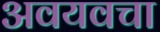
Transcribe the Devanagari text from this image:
अवयवचा